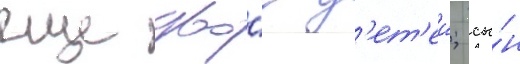
еще дво́е д'ет'еи; сы́н